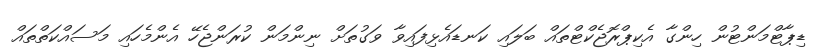
ޑިޕާޓްމަންޓުން ހިންގާ އެކިޕްރޮޖެކްޓްތައް ބަލައި ކަނޑައެޅިފައިވާ ވަގުތަށް ނިންމަން ކުރަންޖެހޭ އެންމެހައި މަސައްކަތްތައް